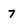
Character: 7